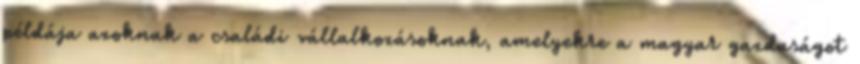
példája azoknak a családi vállalkozásoknak, amelyekre a magyar gazdaságot